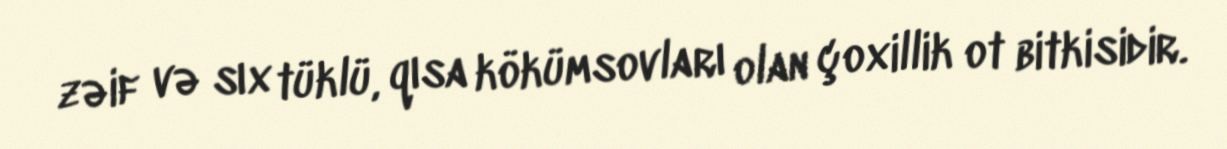
zəif və sıx tüklü, qısa kökümsovları olan çoxillik ot bitkisidir.